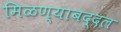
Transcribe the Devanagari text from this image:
मिळण्याबद्दल